Plague in India, 1896, 1897 - Volume 3
Year: 1896
Disease focus: Plague
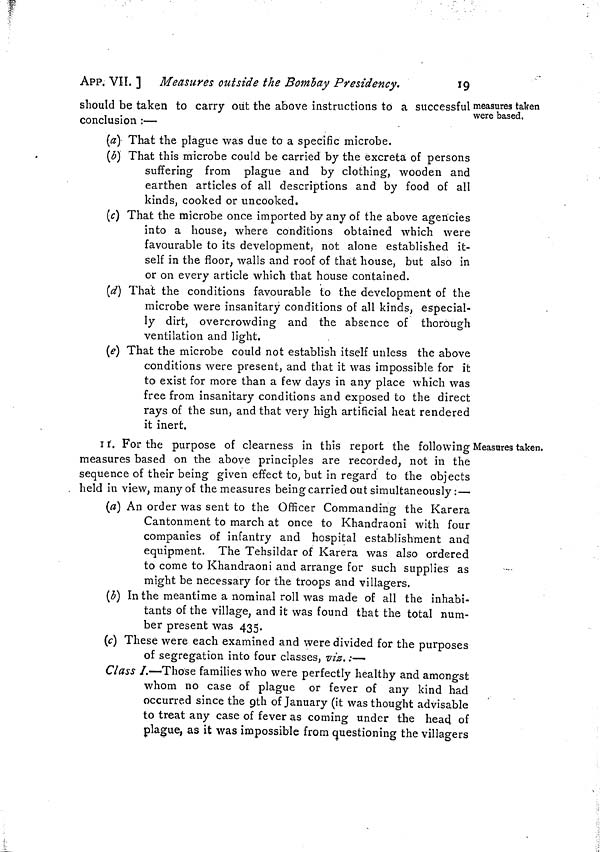
APP. VII. ] Measures outside the Bombay Presidency.
19
measures taken
were based.
should be taken to carry out the above instructions to a successful ĉ
onclusion :—
(a) That the plague was due to a specific microbe.
(b) That this microbe could be carried by the excreta of persons
suffering from plague and by clothing, wooden and
earthen articles of all descriptions and by food of all
kinds, cooked or uncooked.
(c) That the microbe once imported by any of the above agencies
into a house, where conditions obtained which were
favourable to its development, not alone established it-
self in the floor, walls and roof of that house, but also in
or on every article which that house contained.
(d) That the conditions favourable to the development of the
microbe were insanitary conditions of all kinds, especial-
ly dirt, overcrowding and the absence of thorough
ventilation and light.
(e) That the microbe could not establish itself unless the above
conditions were present, and that it was impossible for it
to exist for more than a few days in any place which was
free from insanitary conditions and exposed to the direct
rays of the sun, and that very high artificial heat rendered
it inert.
Measures taken.
11r. For the purpose of clearness in this report the following
measures based on the above principles are recorded, not in the
sequence of their being given effect to, but in regard to the objects
held in view, many of the measures being carried out simultaneously :—
(a) An order was sent to the Officer Commanding the Karera
Cantonment to march at once to Khandraoni with four
companies of infantry and hospital establishment and
equipment. The Tehsildar of Karera was also ordered
to come to Khandraoni and arrange for such supplies as
might be necessary for the troops and villagers.
(b) In the meantime a nominal roll was made of all the inhabi-
tants of the village, and it was found that the total num-
ber present was 435.
(c) These were each examined and were divided for the purposes
of segregation into four classes, viz. :—
Class I.—Those families who were perfectly healthy and amongst
whom no case of plague or fever of any kind had
occurred since the 9th of January (it was thought advisable
to treat any case of fever as coming under the head of
plague, as it was impossible from questioning the villagers